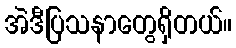
အဲဒီပြသနာတွေရှိတယ်။